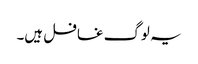
یہ لوگ غافل ہیں۔